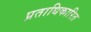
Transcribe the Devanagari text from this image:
प्रताधिकारित